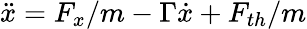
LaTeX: \ddot{x}=F_{x}/m-\Gamma\dot{x}+F_{th}/m